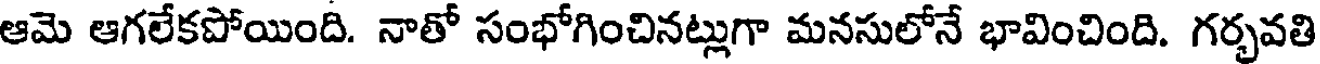
ఆమె ఆగలేకపోయింది. నాతో సంభోగించినట్లుగా మనసులోనే భావించింది. గర్భవతి